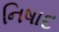
નિષાદ